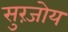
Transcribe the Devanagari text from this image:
सुरंजोय